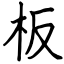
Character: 板